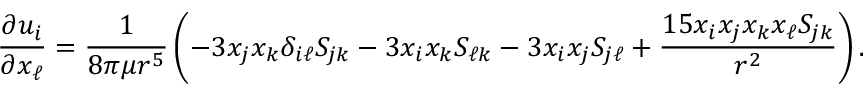
\frac { \partial u _ { i } } { \partial x _ { \ell } } = \frac { 1 } { 8 \pi \mu r ^ { 5 } } \left( - 3 x _ { j } x _ { k } \delta _ { i \ell } S _ { j k } - 3 x _ { i } x _ { k } S _ { \ell k } - 3 x _ { i } x _ { j } S _ { j \ell } + \frac { 1 5 x _ { i } x _ { j } x _ { k } x _ { \ell } S _ { j k } } { r ^ { 2 } } \right) .